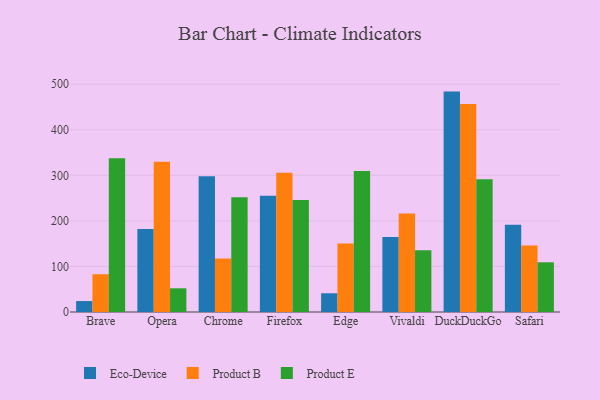
{"axis": {"x": "Browser", "y": "Waste Production (Tons)"}, "legend": ["Eco-Device", "Product B", "Product E"], "data": [{"x": "Brave", "y": 24.0, "type": "Eco-Device"}, {"x": "Brave", "y": 82.9, "type": "Product B"}, {"x": "Brave", "y": 337.3, "type": "Product E"}, {"x": "Opera", "y": 182.0, "type": "Eco-Device"}, {"x": "Opera", "y": 330.0, "type": "Product B"}, {"x": "Opera", "y": 52.0, "type": "Product E"}, {"x": "Chrome", "y": 297.9, "type": "Eco-Device"}, {"x": "Chrome", "y": 117.4, "type": "Product B"}, {"x": "Chrome", "y": 251.9, "type": "Product E"}, {"x": "Firefox", "y": 255.2, "type": "Eco-Device"}, {"x": "Firefox", "y": 305.8, "type": "Product B"}, {"x": "Firefox", "y": 245.9, "type": "Product E"}, {"x": "Edge", "y": 41.1, "type": "Eco-Device"}, {"x": "Edge", "y": 150.1, "type": "Product B"}, {"x": "Edge", "y": 309.2, "type": "Product E"}, {"x": "Vivaldi", "y": 164.8, "type": "Eco-Device"}, {"x": "Vivaldi", "y": 216.1, "type": "Product B"}, {"x": "Vivaldi", "y": 135.7, "type": "Product E"}, {"x": "DuckDuckGo", "y": 483.7, "type": "Eco-Device"}, {"x": "DuckDuckGo", "y": 456.7, "type": "Product B"}, {"x": "DuckDuckGo", "y": 291.5, "type": "Product E"}, {"x": "Safari", "y": 191.5, "type": "Eco-Device"}, {"x": "Safari", "y": 145.7, "type": "Product B"}, {"x": "Safari", "y": 109.1, "type": "Product E"}]}